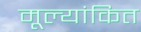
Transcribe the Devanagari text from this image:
मूल्‍यांकित